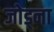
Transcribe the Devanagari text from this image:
जोड्ना